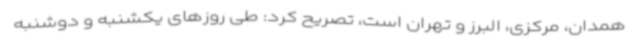
همدان، مرکزی، البرز و تهران است، تصریح کرد: طی روزهای یکشنبه و دوشنبه